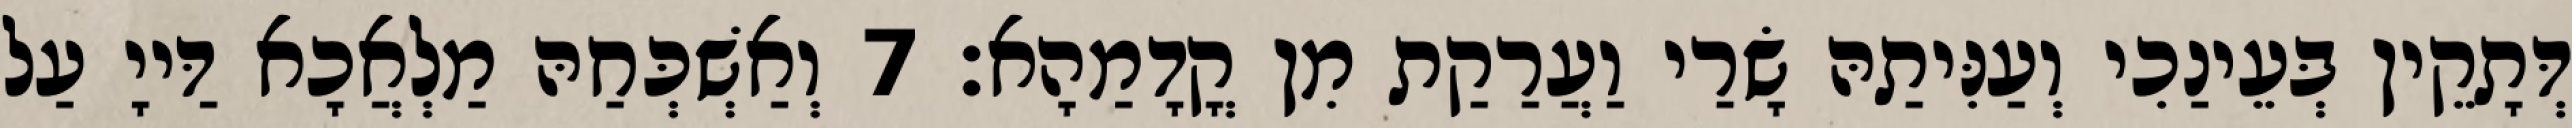
דְּתָקֵין בְּעֵינַכִי וְעַנִּיתַהּ שָׂרַי וַעֲרַקַת מִן קֳדָמַהָא׃ 7 וְאַשְׁכְּחַהּ מַלְאֲכָא דַּייָ עַל